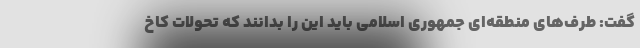
گفت: طرف‌های منطقه‌ای جمهوری اسلامی باید این را بدانند که تحولات کاخ